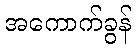
အကောက်ခွန်